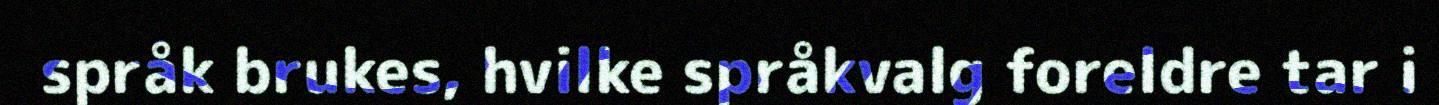
språk brukes, hvilke språkvalg foreldre tar i